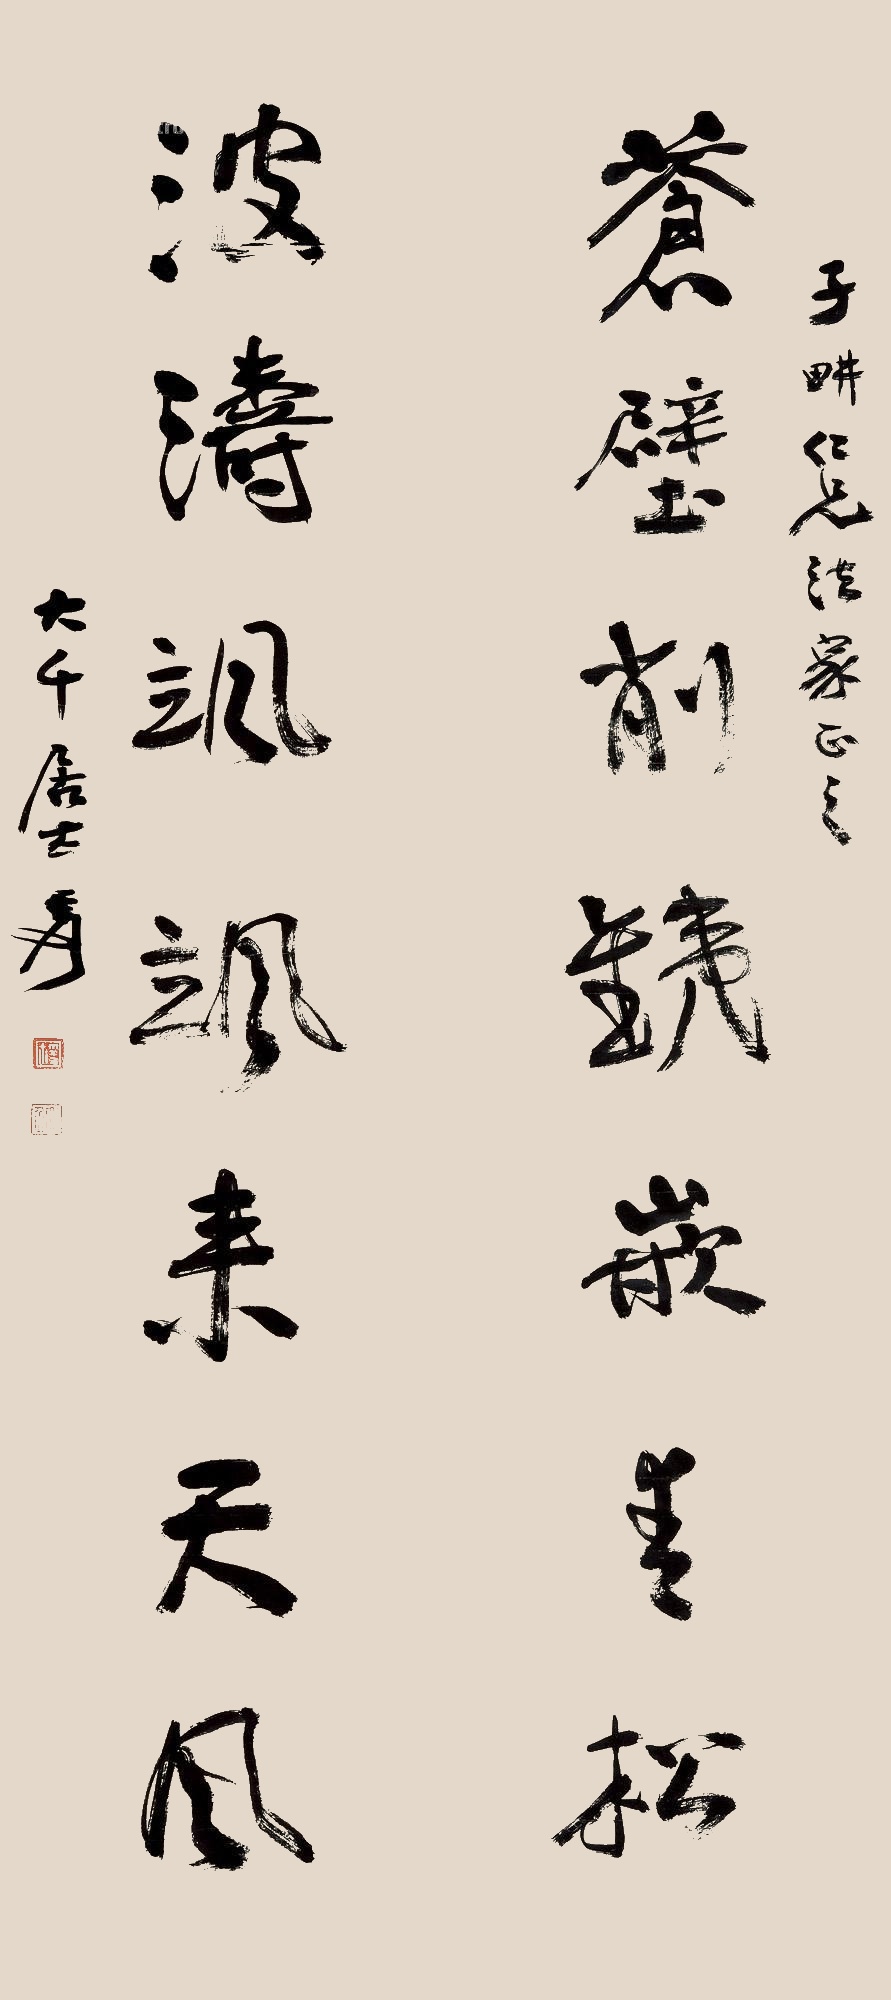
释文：苍壁削铁嵌青松，波涛飒飒来天风。子耕仁兄法家正之。大千居士爰。